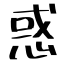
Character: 惑